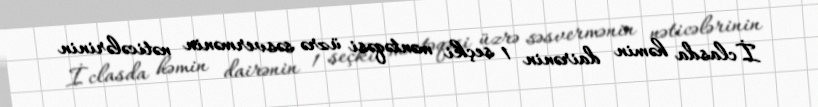
İclasda həmin dairənin 1 seçki məntəqəsi üzrə səsvermənin nəticələrinin